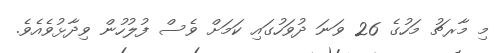
މި މާރޗު މަހުގެ 26 ވަނަ ދުވަހުގައި ކަމަށް ވެސް ފުލުހުން ވިދާޅުވެއެވެ.